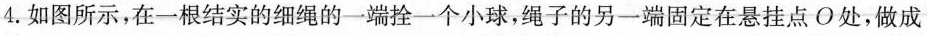
4.如图所示，在一根结实的细绳的一端拴一个小球，绳子的另一端固定在悬挂点O处，做成